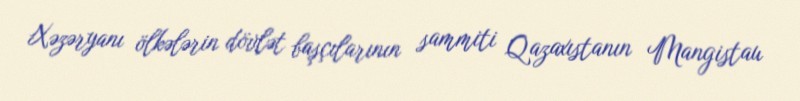
Xəzəryanı ölkələrin dövlət başçılarının sammiti Qazaxıstanın Mangistau